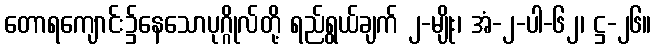
တောရကျောင်း၌နေသောပုဂ္ဂိုလ်တို့ ရည်ရွယ်ချက် ၂-မျိုး၊ အံ-၂-ပါ-၆၂၊ ဋ္ဌ-၂၆။